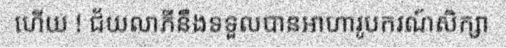
ហើយ ! ជ័យលាភីនឹងទទួលបានអាហារូបករណ៍សិក្សា